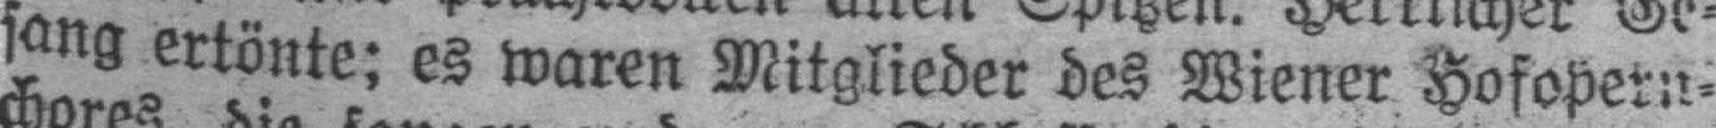
sang ertönte; es waren Mitglieder des Wiener Hofopern¬